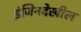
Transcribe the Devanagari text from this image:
इंजिनदेखील